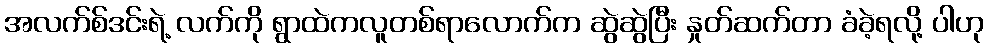
အလက်စ်ဒင်းရဲ့ လက်ကို ရွာထဲကလူတစ်ရာလောက်က ဆွဲဆွဲပြီး နှုတ်ဆက်တာ ခံခဲ့ရလို့ ပါဟု